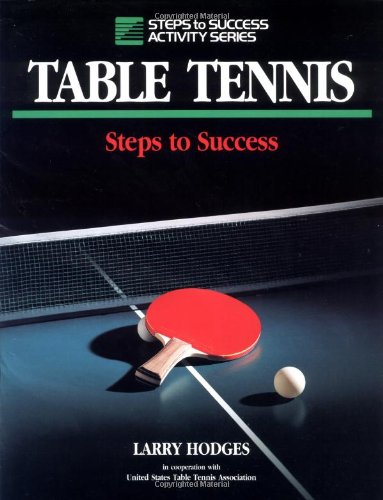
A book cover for Table Tennis: Steps to Success; Larry Hodges; Sports & Outdoors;